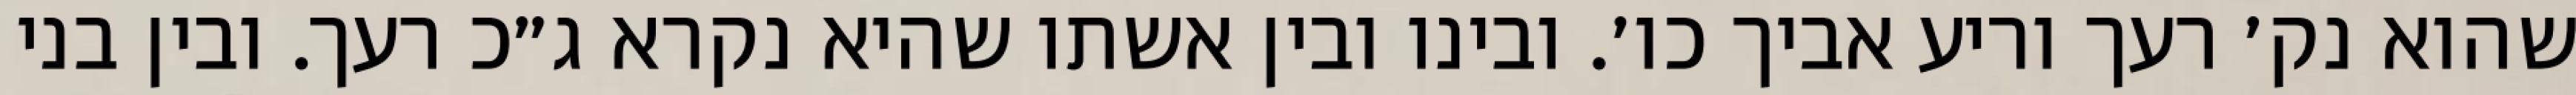
שהוא נק׳ רעך וריע אביך כו׳. ובינו ובין אשתו שהיא נקרא ג״כ רעך. ובין בני